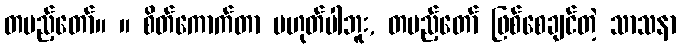
တပည့်တော်။ ။ စိတ်ကောက်တာ မဟုတ်ပါဘူး, တပည့်တော် ဖြစ်စေချင်တဲ့ သာသနာ